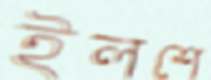
ইলশে